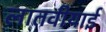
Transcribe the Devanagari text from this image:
लातवीयाई